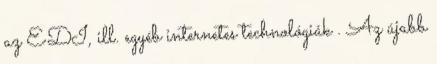
az EDI, ill. egyéb internetes technológiák . Az újabb